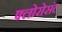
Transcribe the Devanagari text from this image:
फ्लोरोसंट